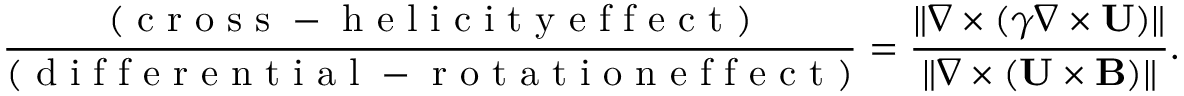
\frac { ( \mathrm { ~ c ~ r ~ o ~ s ~ s ~ - ~ h ~ e ~ l ~ i ~ c ~ i ~ t ~ y ~ e ~ f ~ f ~ e ~ c ~ t ~ } ) } { ( \mathrm { ~ d ~ i ~ f ~ f ~ e ~ r ~ e ~ n ~ t ~ i ~ a ~ l ~ - ~ r ~ o ~ t ~ a ~ t ~ i ~ o ~ n ~ e ~ f ~ f ~ e ~ c ~ t ~ } ) } = \frac { \| { \nabla \times ( \gamma \nabla \times { \bf { U } } ) } \| } { \| { \nabla \times ( { \bf { U } } \times { \bf { B } } ) } \| } .